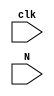

module x(input clk, input [5:0] N);

reg [5:0] Threshold;

always@(posedge clk)
	Threshold=((N)>>>2);

endmodule